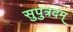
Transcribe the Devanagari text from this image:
सुपुत्रदम्